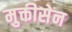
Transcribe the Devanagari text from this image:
मुक्तीसेन